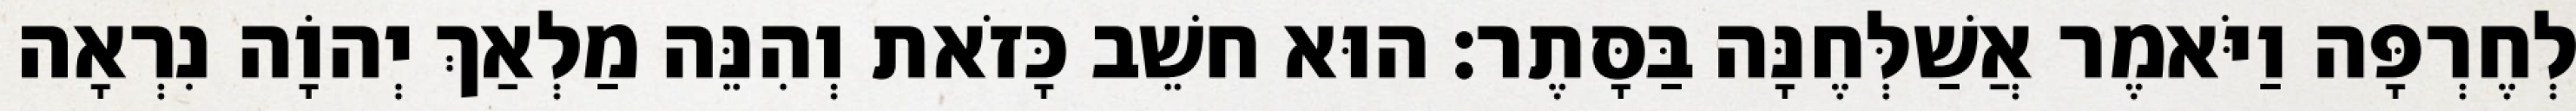
לְחֶרְפָּה וַיֹּאמֶר אֲשַׁלְּחֶנָּה בַּסָּתֶר׃ הוּא חשֵׁב כָּזֹאת וְהִנֵּה מַלְאַךְ יְהוָֹה נִרְאָה